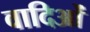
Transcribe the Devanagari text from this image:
वादिओं